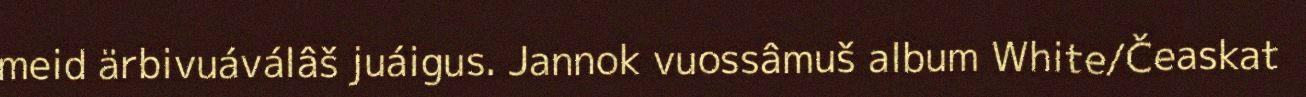
meid ärbivuáválâš juáigus. Jannok vuossâmuš album White/Čeaskat